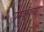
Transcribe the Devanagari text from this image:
यमकाच्या